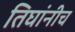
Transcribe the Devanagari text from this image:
तिघांनीच